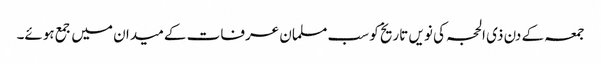
جمعہ کے دن ذی الحجہ کی نویں تاریخ کو سب مسلمان عرفات کے میدان میں جمع ہوئے۔